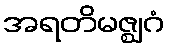
အရတိမဇ္ဈဂံ